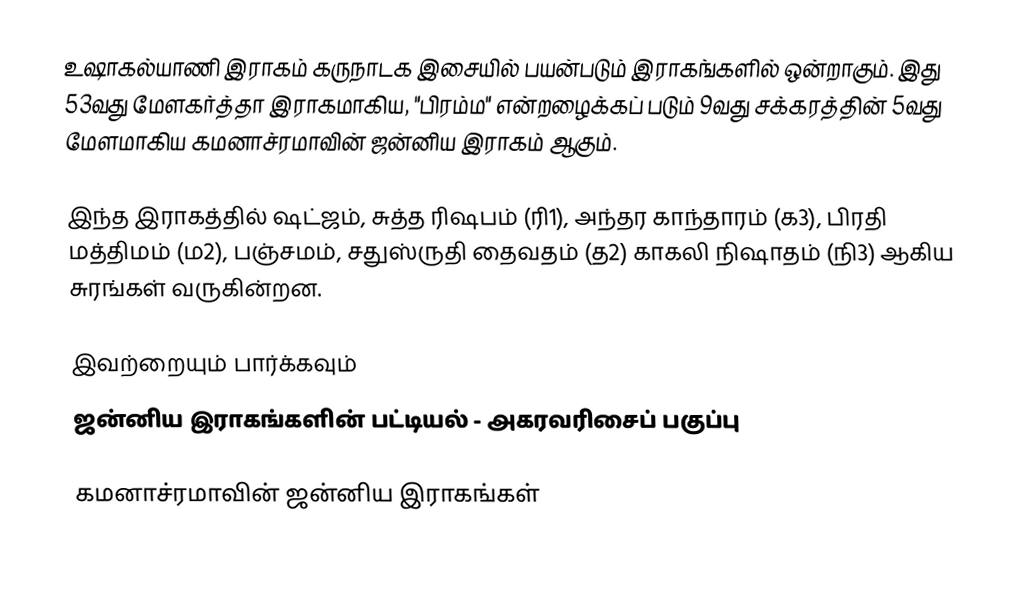
உஷாகல்யாணி இராகம் கருநாடக இசையில் பயன்படும் இராகங்களில் ஒன்றாகும். இது 53வது மேளகர்த்தா இராகமாகிய, "பிரம்ம" என்றழைக்கப் படும் 9வது சக்கரத்தின் 5வது மேளமாகிய கமனாச்ரமாவின் ஜன்னிய இராகம் ஆகும்.

இந்த இராகத்தில் ஷட்ஜம், சுத்த ரிஷபம் (ரி1),  அந்தர காந்தாரம் (க3), பிரதி மத்திமம் (ம2), பஞ்சமம்,  சதுஸ்ருதி தைவதம் (த2) காகலி நிஷாதம்  (நி3) ஆகிய சுரங்கள் வருகின்றன.

இவற்றையும் பார்க்கவும்
 ஜன்னிய இராகங்களின் பட்டியல் - அகரவரிசைப் பகுப்பு

கமனாச்ரமாவின் ஜன்னிய இராகங்கள்